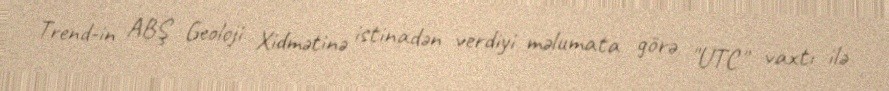
Trend-in ABŞ Geoloji Xidmətinə istinadən verdiyi məlumata görə, "UTC" vaxtı ilə